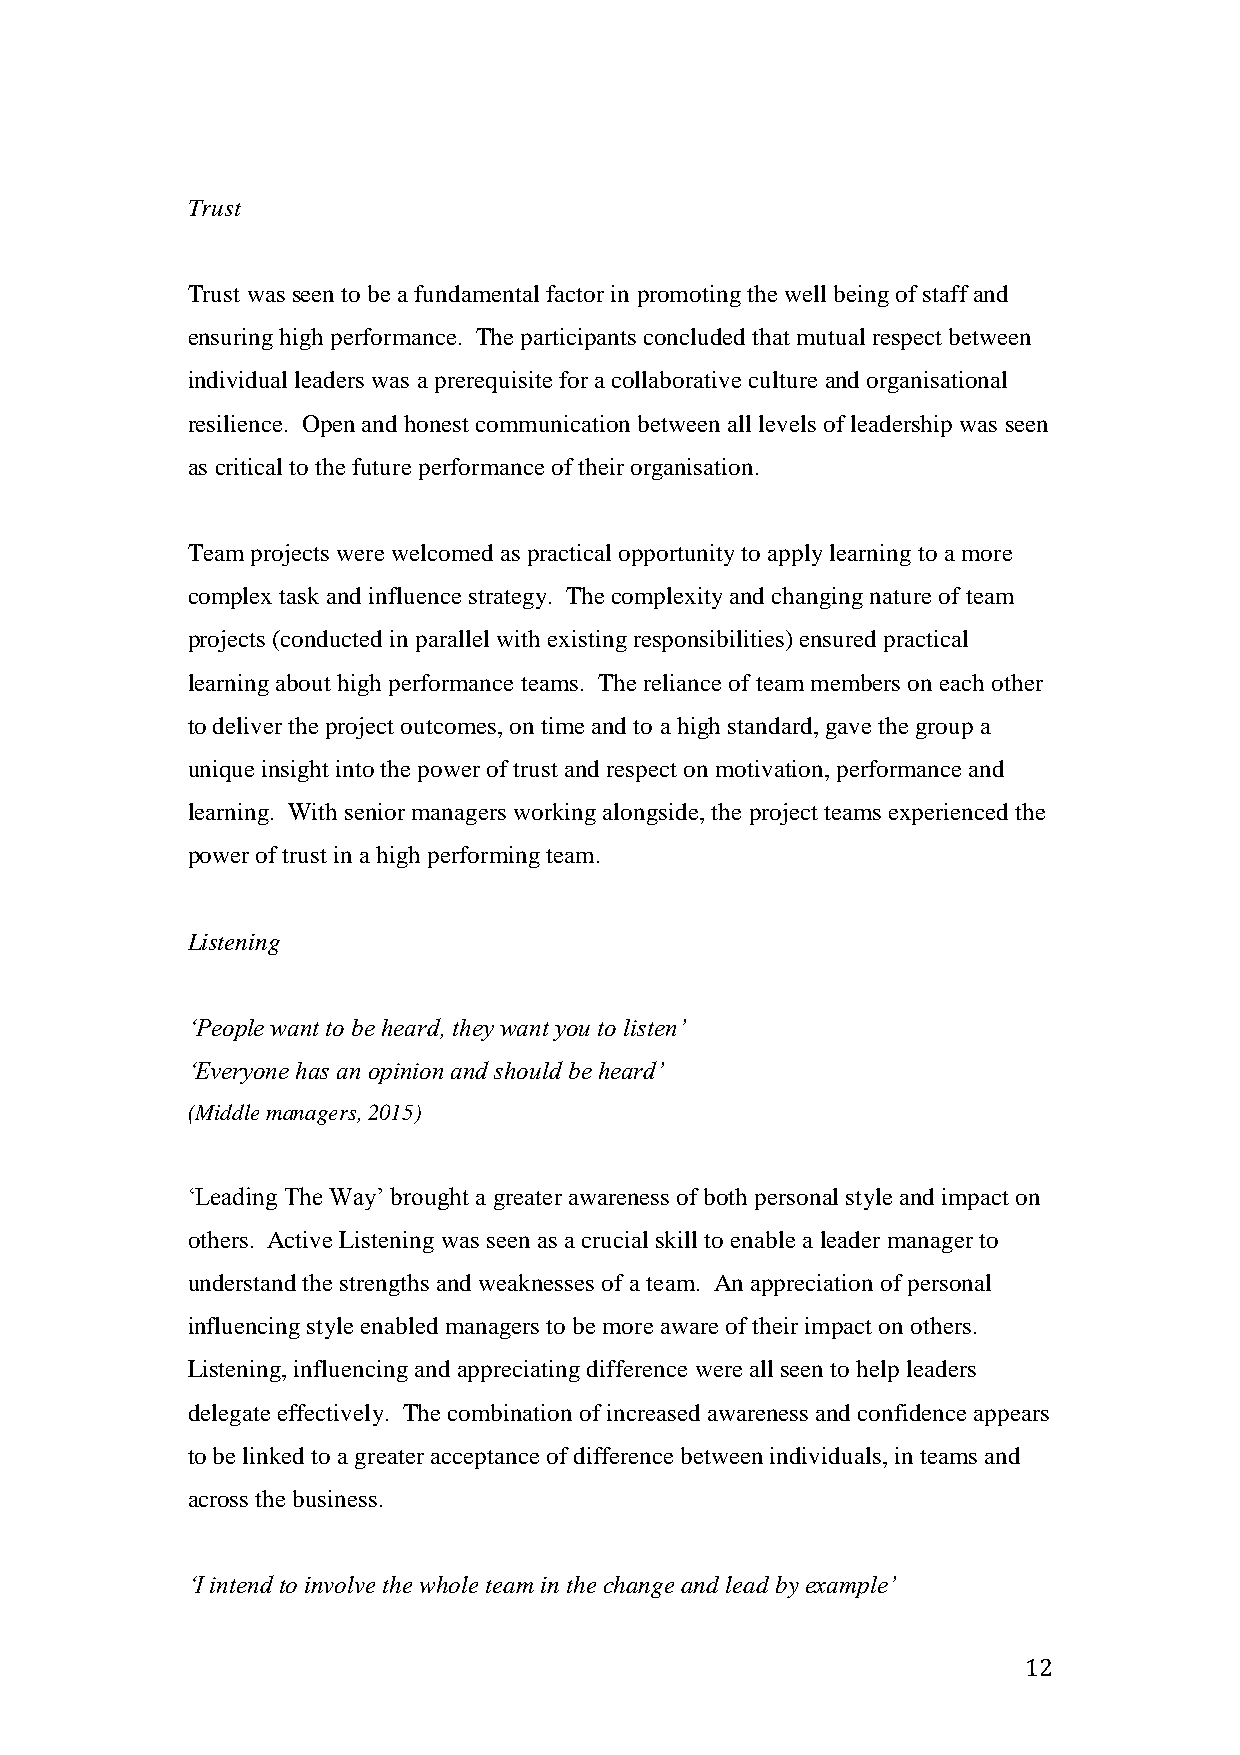
Trust
 Trust was seen to be a fundamental factor in promoting the well being of staff and
 ensuring high performance. The participants concluded that mutual respect between
 individual leaders was a prerequisite for a collaborative culture and organisational
 resilience. Open and honest communication between all levels of leadership was seen
 as critical to the future performance of their organisation.
 Team projects were welcomed as practical opportunity to apply learning to a more
 complex task and influence strategy. The complexity and changing nature of team
 projects (conducted in parallel with existing responsibilities) ensured practical
 learning about high performance teams. The reliance of team members on each other
 to deliver the project outcomes, on time and to a high standard, gave the group a
 unique insight into the power of trust and respect on motivation, performance and
 learning. With senior managers working alongside, the project teams experienced the
 power of trust in a high performing team.
 Listening
 ‘People want to be heard, they want you to listen’
 ‘Everyone has an opinion and should be heard’
 (Middle managers, 2015)
 ‘Leading The Way’ brought a greater awareness of both personal style and impact on
 others. Active Listening was seen as a crucial skill to enable a leader manager to
 understand the strengths and weaknesses of a team. An appreciation of personal
 influencing style enabled managers to be more aware of their impact on others.
 Listening, influencing and appreciating difference were all seen to help leaders
 delegate effectively. The combination of increased awareness and confidence appears
 to be linked to a greater acceptance of difference between individuals, in teams and
 across the business.
 ‘I intend to involve the whole team in the change and lead by example’
 12